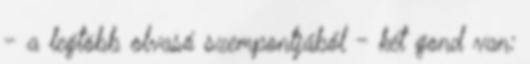
- a legtöbb olvasó szempontjából - két gond van: